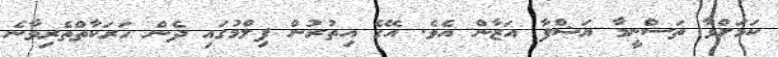
ކަމަށްވާ ތަސްނީމާ ޔަޝްފާ އަޒާން އެވެ. އޭގެ އިތުރުން ފިލްމުގައި ދެން ހަރަކާތްތެރިވާނެ